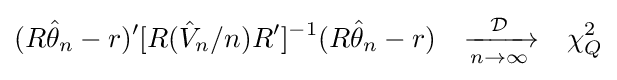
(R{\hat {\theta }}_{n}-r)'[R({\hat {V}}_{n}/n)R']^{-1}(R{\hat {\theta }}_{n}-r)\quad {\xrightarrow[{n\rightarrow \infty }]{\mathcal {D}}}\quad \chi _{Q}^{2}